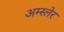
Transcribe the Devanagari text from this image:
अम्स्लेर